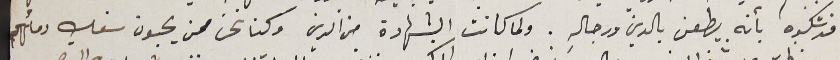
قد شكوه بأنه يطعن بالدين ورجاله. ولما كانت الشهادة من الدين وكنا نحن ممن يحبون سفك دمائهم